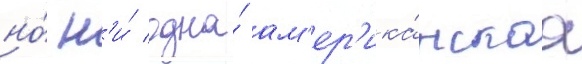
но́ н'и́ одна́ ам'ер'ика́нскаа